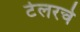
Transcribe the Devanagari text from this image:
टेलरचे